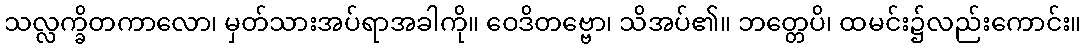
သလ္လက္ခိတကာလော၊ မှတ်သားအပ်ရာအခါကို။ ဝေဒိတဗ္ဗော၊ သိအပ်၏။ ဘတ္တေပိ၊ ထမင်း၌လည်းကောင်း။